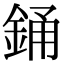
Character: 銿